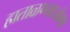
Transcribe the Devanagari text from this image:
हाताळण्याजोगा